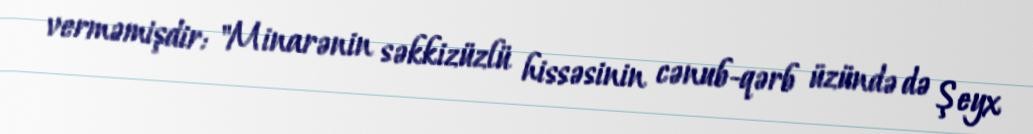
verməmişdir: "Minarənin səkkizüzlü hissəsinin cənub-qərb üzündə də Şeyx